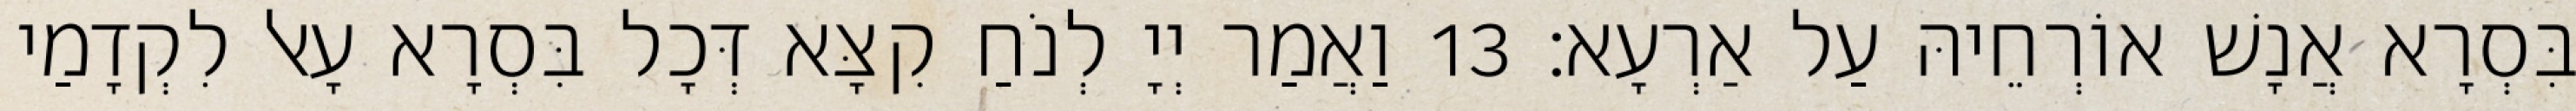
בִּסְרָא אֲנָשׁ אוֹרְחֵיהּ עַל אַרְעָא׃ 13 וַאֲמַר יְיָ לְנֹחַ קִצָּא דְּכָל בִּסְרָא עָאל לִקְדָמַי